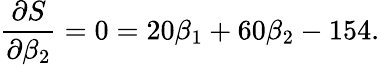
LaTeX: {\frac{\partial S}{\partial\beta_{2}}}=0=20\beta_{1}+60\beta_{2}-154.